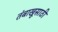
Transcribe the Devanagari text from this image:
तंबाखूसाठी